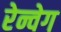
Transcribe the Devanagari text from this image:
रेन्वेग